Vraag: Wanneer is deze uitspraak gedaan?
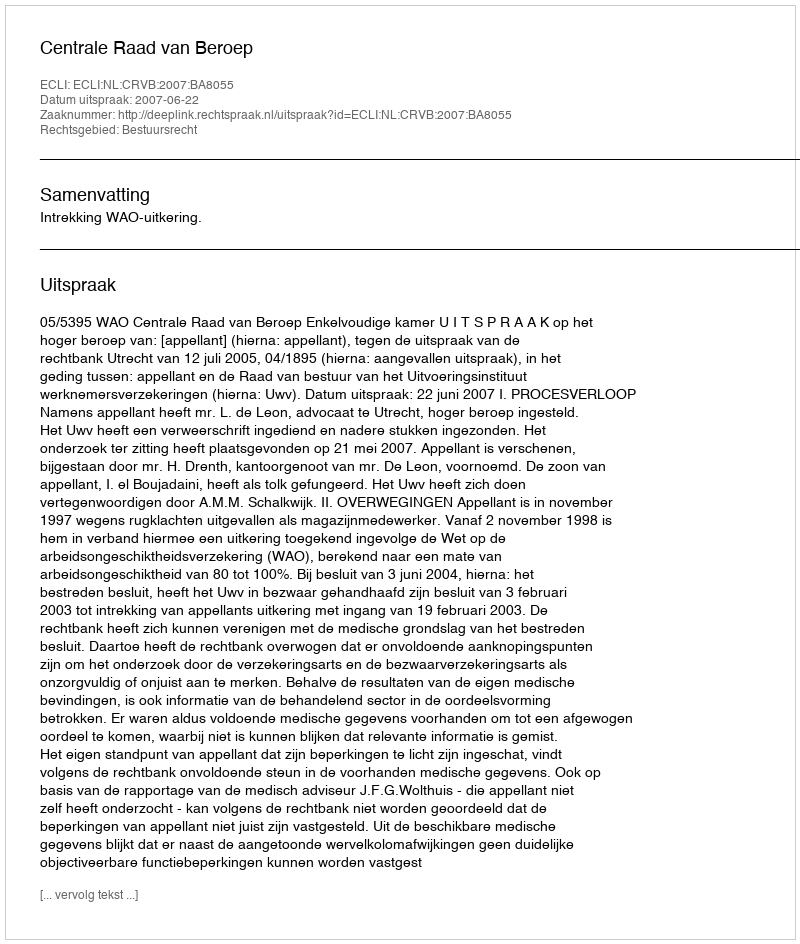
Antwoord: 2007-06-22